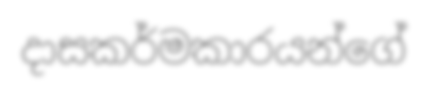
දාසකර්මකාරයන්ගේ